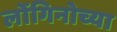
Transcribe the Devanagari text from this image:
लोंगिनोच्या